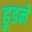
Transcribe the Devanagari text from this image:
ढूडने